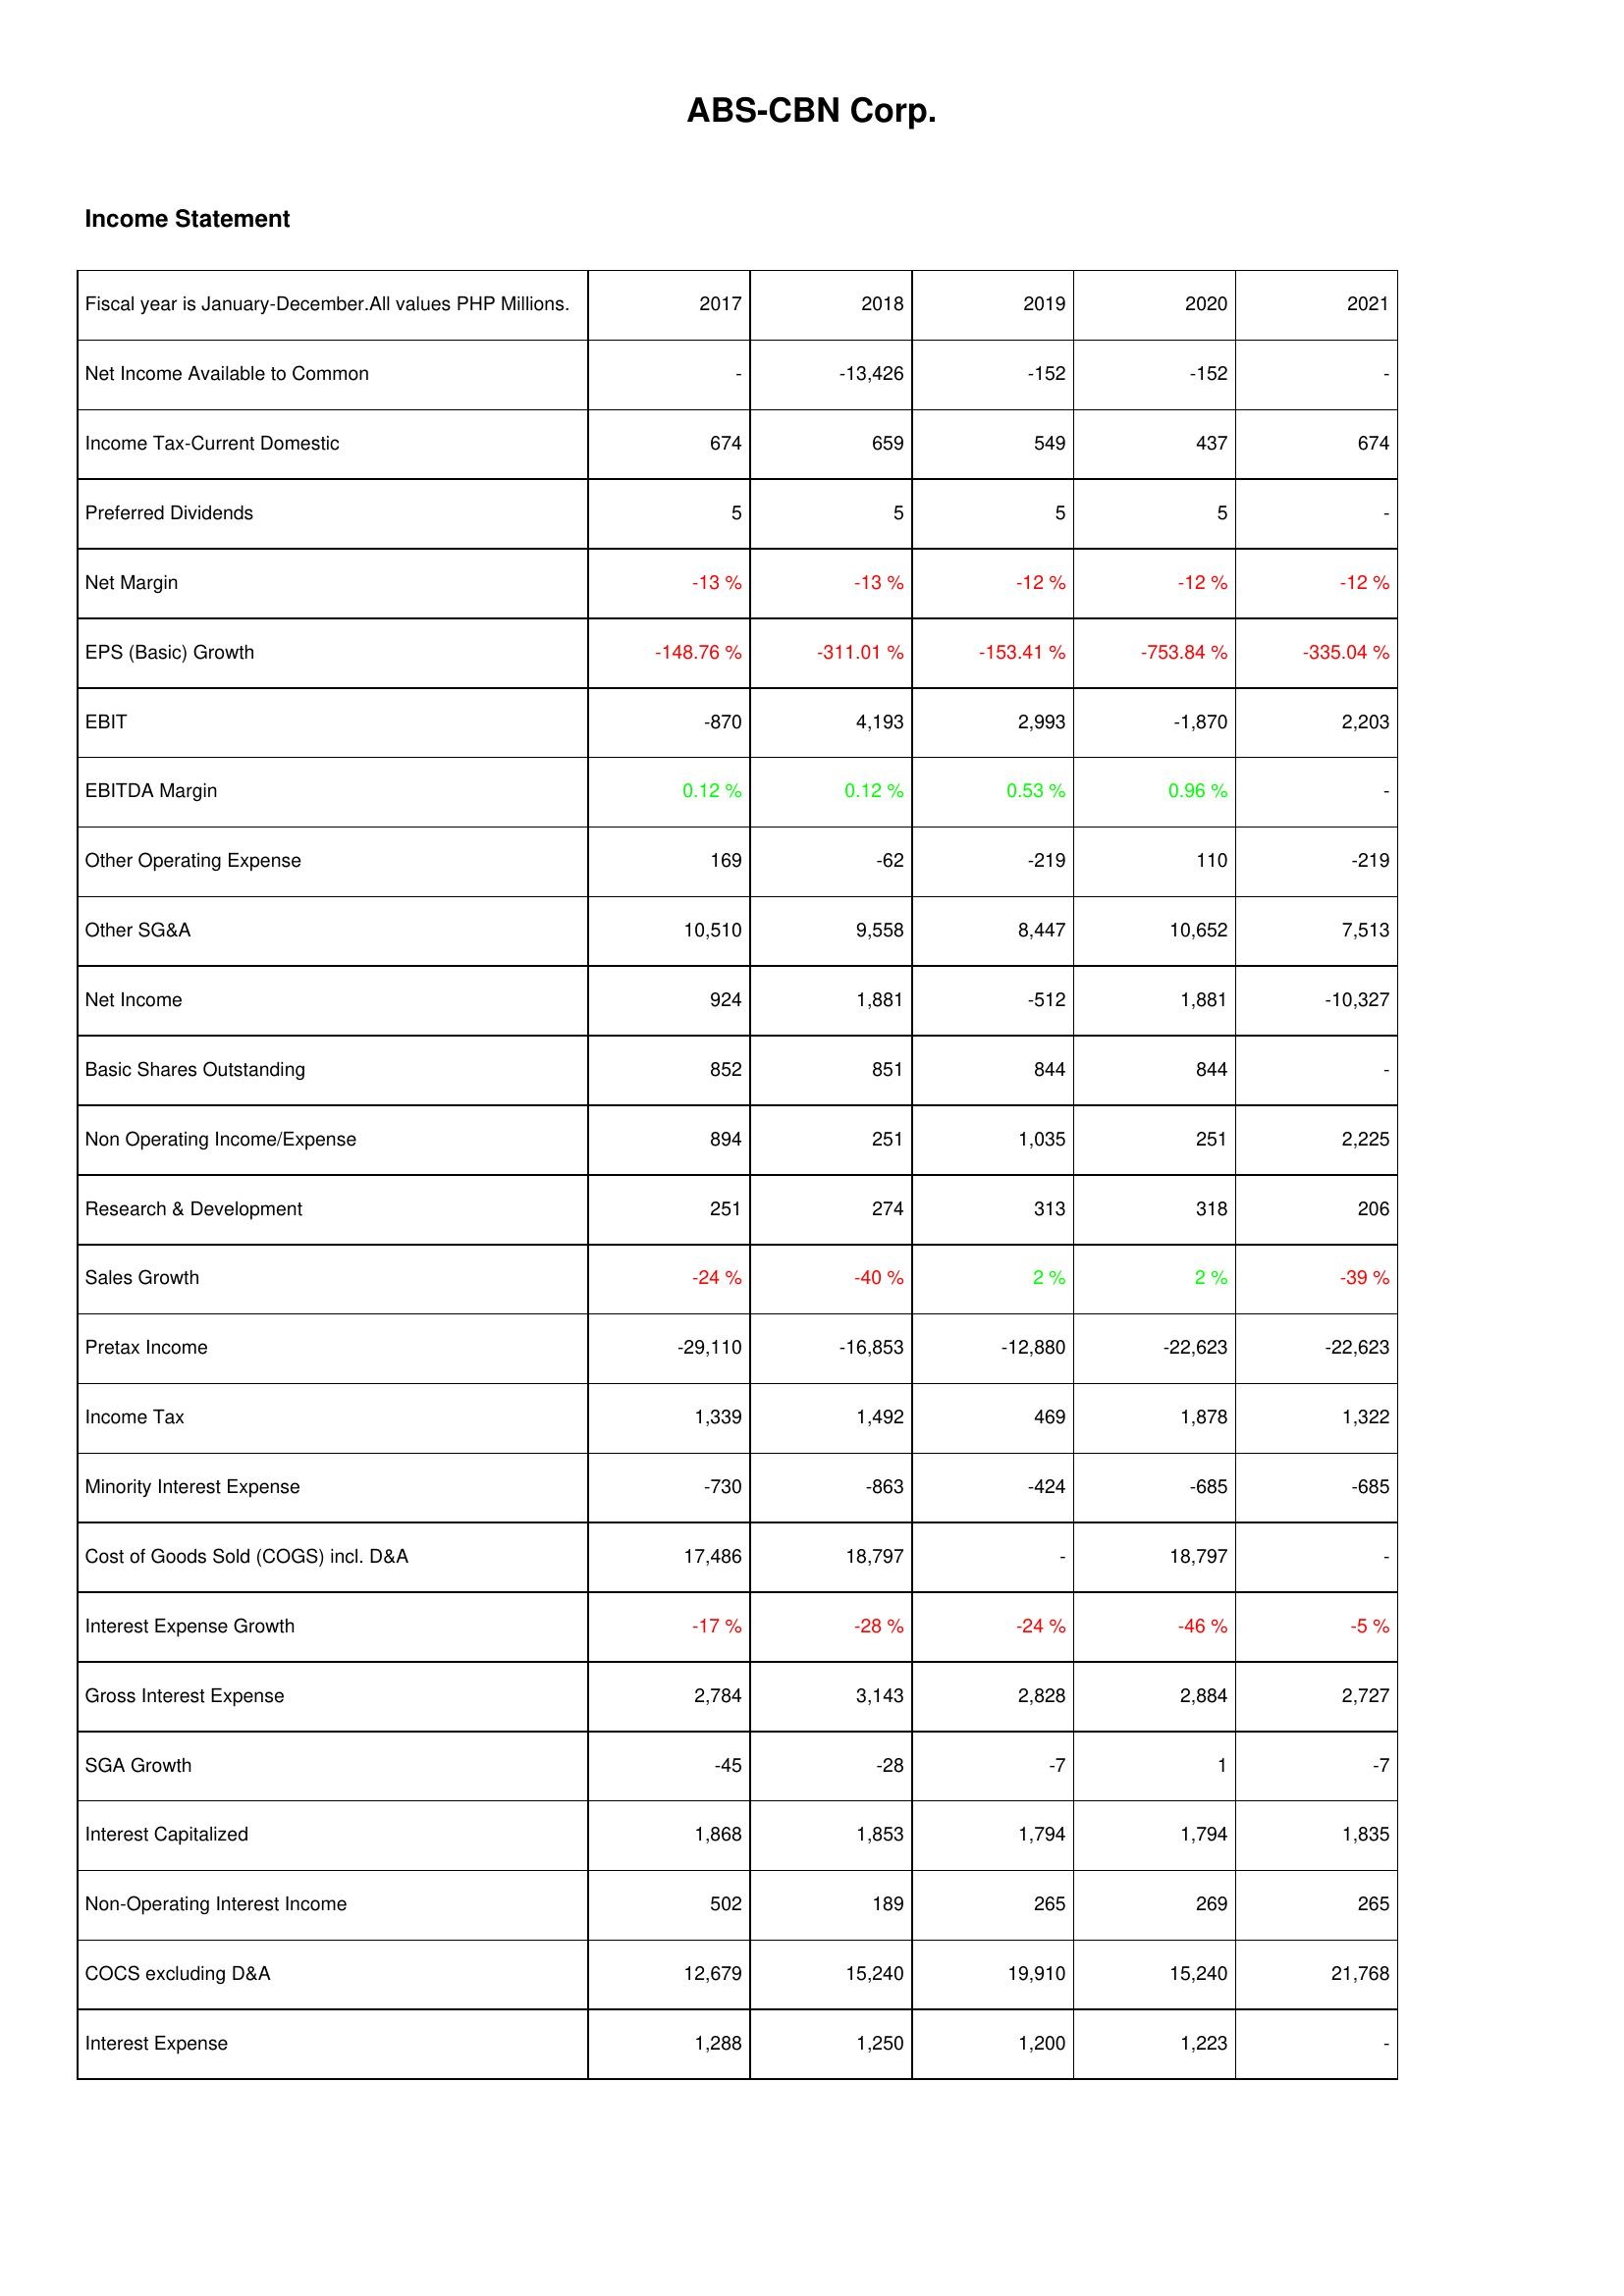
2017: Income Statement: Net Income Available to Common: -
Income Tax-Current Domestic: 674
Preferred Dividends: 5
Net Margin: -13 %
EPS (Basic) Growth: -148.76 %
EBIT: -870
EBITDA Margin: 0.12 %
Other Operating Expense: 169
Other SG&A: 10,510
Net Income: 924
Basic Shares Outstanding: 852
Non Operating Income/Expense: 894
Research & Development: 251
Sales Growth: -24 %
Pretax Income: -29,110
Income Tax: 1,339
Minority Interest Expense: -730
Cost of Goods Sold (COGS) incl. D&A: 17,486
Interest Expense Growth: -17 %
Gross Interest Expense: 2,784
SGA Growth: -45
Interest Capitalized: 1,868
Non-Operating Interest Income: 502
COCS excluding D&A: 12,679
Interest Expense: 1,288
2018: Income Statement: Net Income Available to Common: -13,426
Income Tax-Current Domestic: 659
Preferred Dividends: 5
Net Margin: -13 %
EPS (Basic) Growth: -311.01 %
EBIT: 4,193
EBITDA Margin: 0.12 %
Other Operating Expense: -62
Other SG&A: 9,558
Net Income: 1,881
Basic Shares Outstanding: 851
Non Operating Income/Expense: 251
Research & Development: 274
Sales Growth: -40 %
Pretax Income: -16,853
Income Tax: 1,492
Minority Interest Expense: -863
Cost of Goods Sold (COGS) incl. D&A: 18,797
Interest Expense Growth: -28 %
Gross Interest Expense: 3,143
SGA Growth: -28
Interest Capitalized: 1,853
Non-Operating Interest Income: 189
COCS excluding D&A: 15,240
Interest Expense: 1,250
2019: Income Statement: Net Income Available to Common: -152
Income Tax-Current Domestic: 549
Preferred Dividends: 5
Net Margin: -12 %
EPS (Basic) Growth: -153.41 %
EBIT: 2,993
EBITDA Margin: 0.53 %
Other Operating Expense: -219
Other SG&A: 8,447
Net Income: -512
Basic Shares Outstanding: 844
Non Operating Income/Expense: 1,035
Research & Development: 313
Sales Growth: 2 %
Pretax Income: -12,880
Income Tax: 469
Minority Interest Expense: -424
Cost of Goods Sold (COGS) incl. D&A: -
Interest Expense Growth: -24 %
Gross Interest Expense: 2,828
SGA Growth: -7
Interest Capitalized: 1,794
Non-Operating Interest Income: 265
COCS excluding D&A: 19,910
Interest Expense: 1,200
2020: Income Statement: Net Income Available to Common: -152
Income Tax-Current Domestic: 437
Preferred Dividends: 5
Net Margin: -12 %
EPS (Basic) Growth: -753.84 %
EBIT: -1,870
EBITDA Margin: 0.96 %
Other Operating Expense: 110
Other SG&A: 10,652
Net Income: 1,881
Basic Shares Outstanding: 844
Non Operating Income/Expense: 251
Research & Development: 318
Sales Growth: 2 %
Pretax Income: -22,623
Income Tax: 1,878
Minority Interest Expense: -685
Cost of Goods Sold (COGS) incl. D&A: 18,797
Interest Expense Growth: -46 %
Gross Interest Expense: 2,884
SGA Growth: 1
Interest Capitalized: 1,794
Non-Operating Interest Income: 269
COCS excluding D&A: 15,240
Interest Expense: 1,223
2021: Income Statement: Net Income Available to Common: -
Income Tax-Current Domestic: 674
Preferred Dividends: -
Net Margin: -12 %
EPS (Basic) Growth: -335.04 %
EBIT: 2,203
EBITDA Margin: -
Other Operating Expense: -219
Other SG&A: 7,513
Net Income: -10,327
Basic Shares Outstanding: -
Non Operating Income/Expense: 2,225
Research & Development: 206
Sales Growth: -39 %
Pretax Income: -22,623
Income Tax: 1,322
Minority Interest Expense: -685
Cost of Goods Sold (COGS) incl. D&A: -
Interest Expense Growth: -5 %
Gross Interest Expense: 2,727
SGA Growth: -7
Interest Capitalized: 1,835
Non-Operating Interest Income: 265
COCS excluding D&A: 21,768
Interest Expense: -